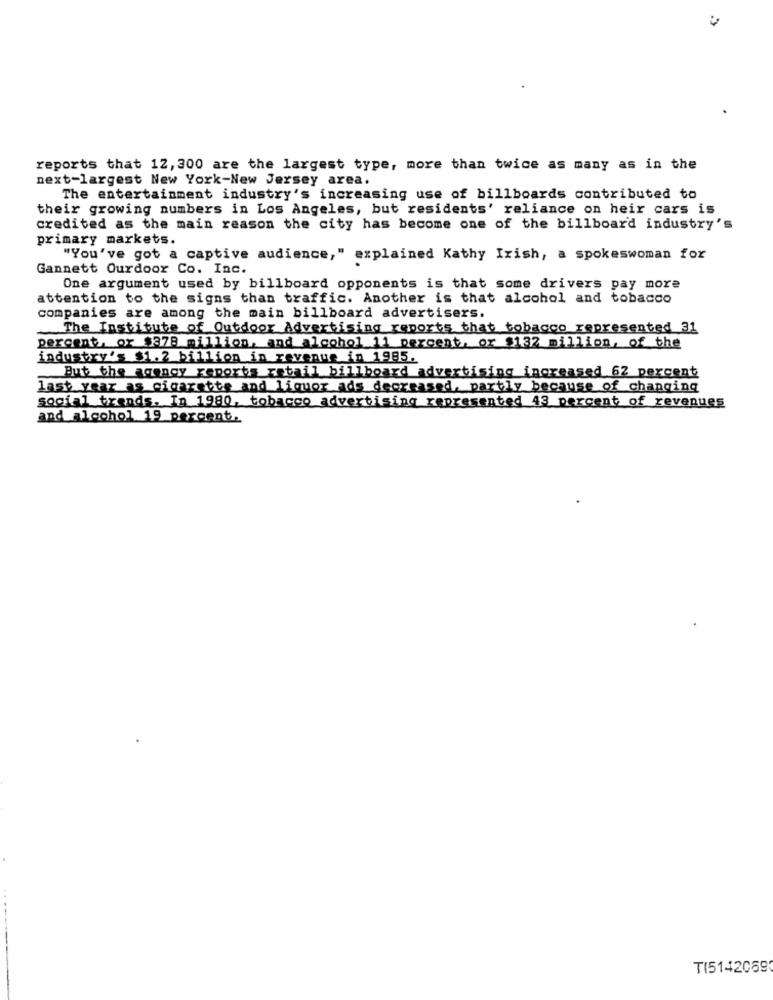
reports that 12, 300 are the largest type, more than twice as many as in the
next-largest New York-New Jersey area.
The entertainment industry's increasing use of billboards contributed to
their growing numbers in Los Angeles, but residents' reliance on heir cars is
credited as the main reason the city has become one of the billboard industry's
primary markets.
"You've got a captive audience," explained Kathy Irish, a spokeswoman for
Gannett Ourdoor Co. Inc.
One argument used by billboard opponents is that some drivers pay more
attention to the signs than traffic. Another is that alcohol and tobacco
companies are among the main billboard advertisers.
The Institute of Outdoor Advertising reports that tobacco represented 31
percent, or $378 million, and alcohol 11 percent, or $132 million, of the
industry's $1.2 billion in revenue in 1985.
But the agency reports retrill billboard advertising increased 62 percent
last year as cigarette and liquor ads decreased, partly because of changing
social trends. In 1980, tobacco advertising represented 43 percent of revenues
and alcohol 19 percent.
TI5142069